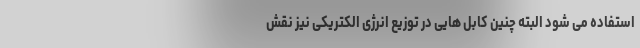
استفاده می شود البته چنین کابل هایی در توزیع انرژی الکتریکی نیز نقش